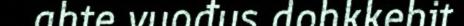
ahte vuođus dohkkehit